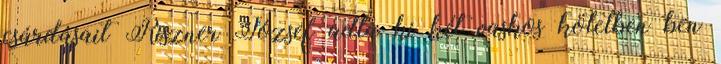
csárdásait Riszner József adta ki két vaskos kötetben ben